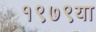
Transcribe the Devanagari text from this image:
१९७९या